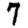
Digit: 7